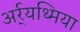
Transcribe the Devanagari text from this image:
अर्र्यथ्मिया